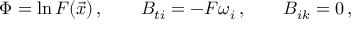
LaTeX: \Phi = \ln F ( \vec { x } ) \, , \qquad B _ { t i } = - F \omega _ { i } \, , \qquad B _ { i k } = 0 \, ,